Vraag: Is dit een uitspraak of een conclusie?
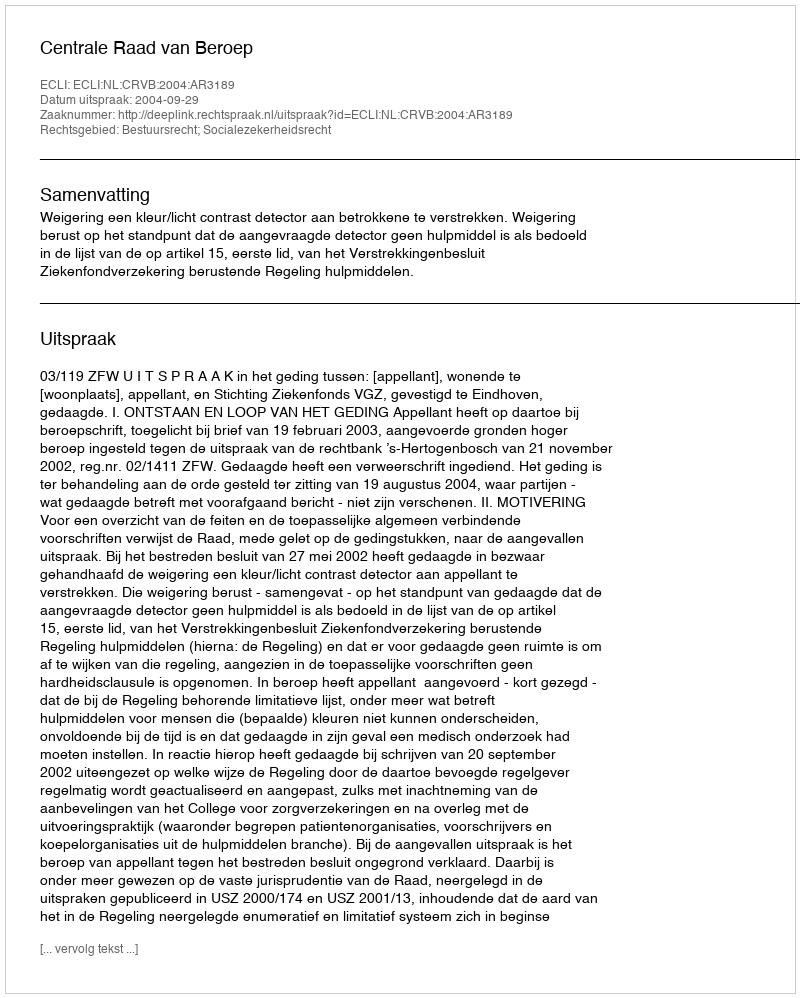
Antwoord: Uitspraak